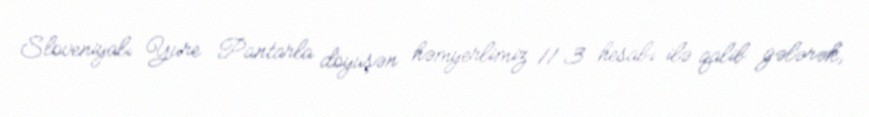
Sloveniyalı Yure Pantarla döyüşən həmyerlimiz 11:3 hesabı ilə qalib gələrək,